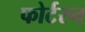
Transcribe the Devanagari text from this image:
फोर्टरन